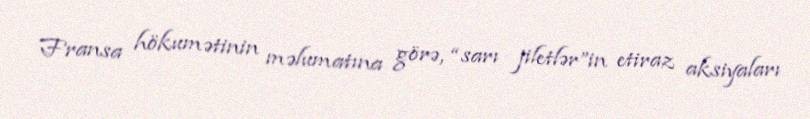
Fransa hökumətinin məlumatına görə, “sarı jiletlər”in etiraz aksiyaları